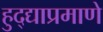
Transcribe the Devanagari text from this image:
हुद्द्याप्रमाणे